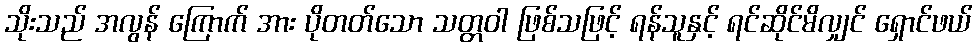
သိုးသည် အလွန် ကြောက် အား ပိုတတ်သော သတ္တဝါ ဖြစ်သဖြင့် ရန်သူနှင့် ရင်ဆိုင်မိလျှင် ရှောင်ဖယ်